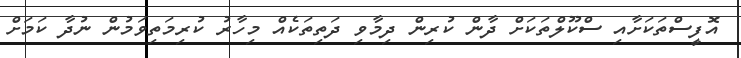
އޮފީސްތަަކަށާއި ސްކޫލްތަކަށް ދާން ކުރިން ދިމާވި ދަތިތަކެއް މިހާރު ކުރިމަތިވަމުން ނުދާ ކަމަށް